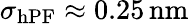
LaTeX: \sigma_{\mathrm{hPF}}\approx 0.25\, \mathrm{nm}